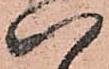
八